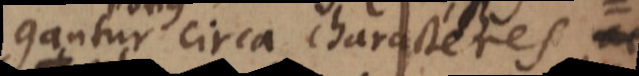
gantur circa characteres, ac